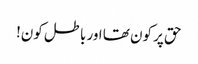
حق پر کون تھا اور باطل کون!